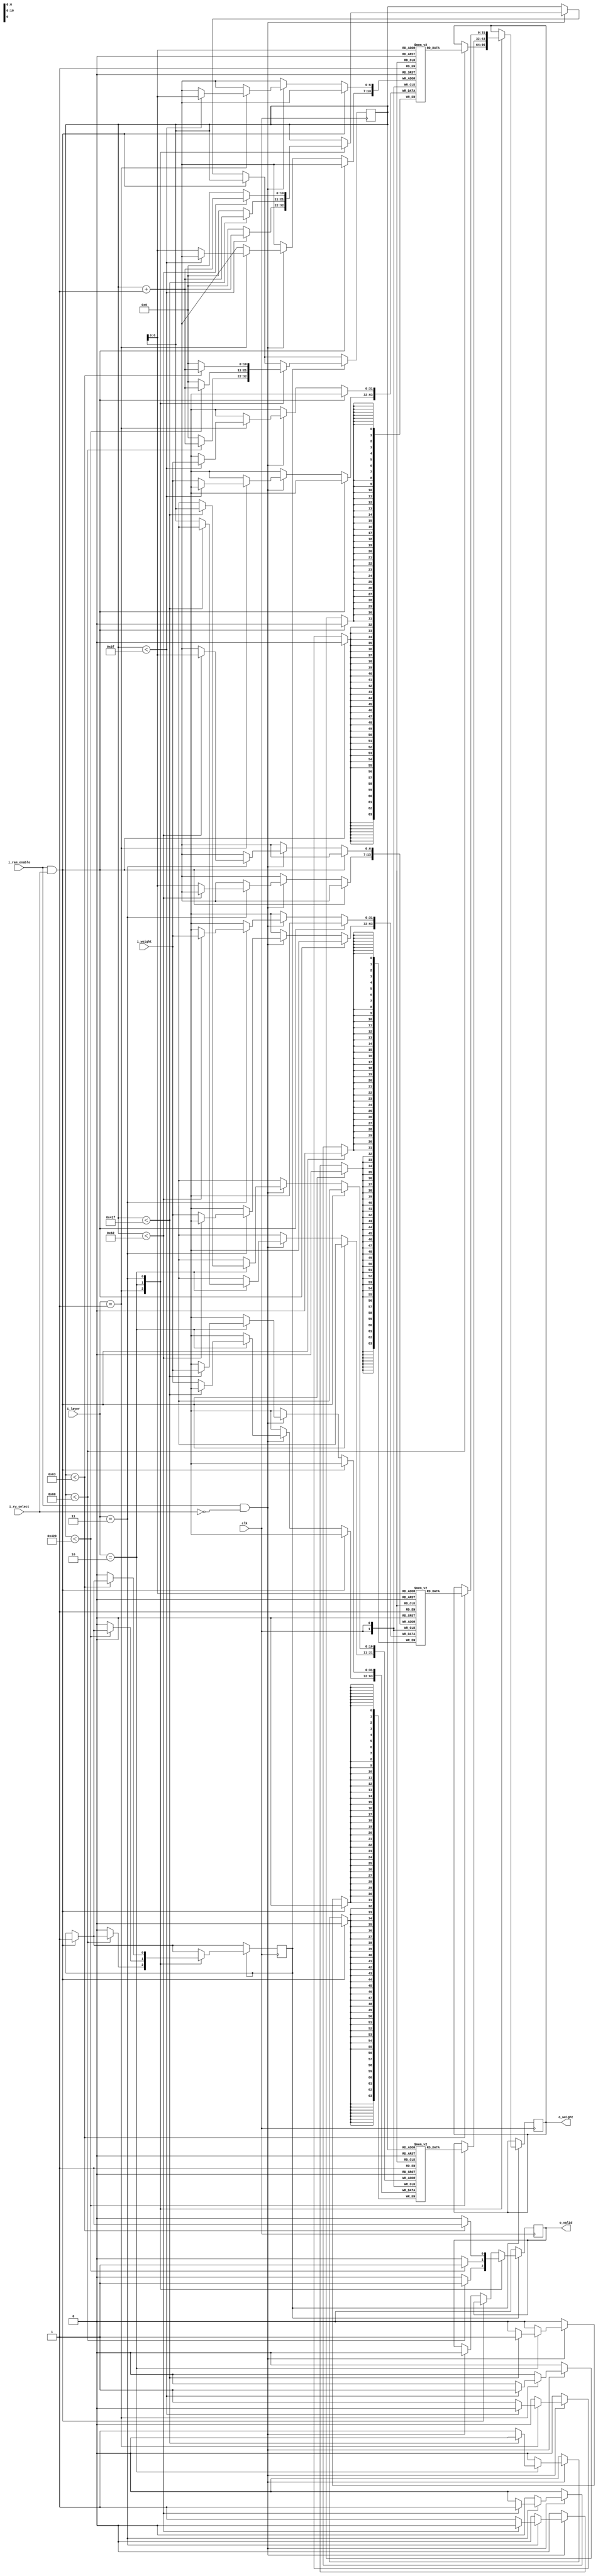
module ram_weight
	#(	parameter DATA_WIDTH = 32,
		parameter LAYER_WIDTH = 2,
		parameter NUMBER_OF_INPUT_NODE = 2,
		parameter NUMBER_OF_HIDDEN_NODE_LAYER_1 = 32,
		parameter NUMBER_OF_HIDDEN_NODE_LAYER_2 = 32,
		parameter NUMBER_OF_OUTPUT_NODE = 3
	)
	(
	clk,
	i_ram_enable,
	i_rw_select, // 1 for read, 0 for write
	i_layer,
	i_weight,
	o_weight,
	o_valid
	);
	localparam BIGEST_WIDTH = $clog2((NUMBER_OF_HIDDEN_NODE_LAYER_1+1)*NUMBER_OF_HIDDEN_NODE_LAYER_2);
	
	input							clk;
	input							i_ram_enable;
	input							i_rw_select; // 1 for read, 0 for write
	input		[LAYER_WIDTH-1:0]	i_layer;
	input 		[DATA_WIDTH-1:0] 	i_weight;
	output reg 	[DATA_WIDTH-1:0] 	o_weight;
	output reg 						o_valid;
	
	(* RAM_STYLE="BLOCK" *)
	reg [DATA_WIDTH-1:0] ram_weight_hidden_1 	[NUMBER_OF_HIDDEN_NODE_LAYER_1*(NUMBER_OF_INPUT_NODE+1)-1:0];
	reg [DATA_WIDTH-1:0] ram_weight_hidden_2 	[NUMBER_OF_HIDDEN_NODE_LAYER_2*(NUMBER_OF_HIDDEN_NODE_LAYER_1+1)-1:0];
	reg [DATA_WIDTH-1:0] ram_weight_outlayer 	[NUMBER_OF_OUTPUT_NODE*(NUMBER_OF_HIDDEN_NODE_LAYER_2+1)-1:0];
	
	reg [BIGEST_WIDTH-1:0] 			weight_counter;
	reg 							valid_in;
	reg 							read_valid;
	reg 							write_valid;
	
	initial begin
		weight_counter <= 'd0;
		read_valid <= 0;
	end
	
	always @(posedge clk) begin
		if (i_ram_enable & i_rw_select) begin // read
			read_valid <= 1;
		end
		else if (i_ram_enable & !i_rw_select) begin // write
			o_valid <= 0;
			case (i_layer)
				2'b01: // HIDDEN 1 LAYER
					begin
						if (weight_counter < NUMBER_OF_HIDDEN_NODE_LAYER_1*(NUMBER_OF_INPUT_NODE+1)-1) begin 
							ram_weight_hidden_1[weight_counter] <= i_weight;
							weight_counter <= weight_counter + 1;
						end
						else begin
							weight_counter <= 'd0;
							ram_weight_hidden_1[weight_counter] <= i_weight;
						end
					end
				2'b10: // HIDDEN 2 LAYER
					begin
						if (weight_counter < NUMBER_OF_HIDDEN_NODE_LAYER_2*(NUMBER_OF_HIDDEN_NODE_LAYER_1+1)-1) begin 
							ram_weight_hidden_2[weight_counter] <= i_weight;
							weight_counter <= weight_counter + 1;
						end
						else begin
							weight_counter <= 'd0;
							ram_weight_hidden_2[weight_counter] <= i_weight;
						end
					end
				2'b11: // OUTPUT LAYER
					begin
						if (weight_counter < NUMBER_OF_OUTPUT_NODE*(NUMBER_OF_HIDDEN_NODE_LAYER_2+1)-1) begin 
							ram_weight_outlayer[weight_counter] <= i_weight;
							weight_counter <= weight_counter + 1;
						end
						else begin
							weight_counter <= 'd0;
							ram_weight_outlayer[weight_counter] <= i_weight;
						end
					end
			endcase
		end
			
		if (read_valid) begin
			case (i_layer)
				2'b01: // HIDDEN 1 LAYER
					begin
						if (weight_counter < NUMBER_OF_HIDDEN_NODE_LAYER_1*(NUMBER_OF_INPUT_NODE+1)) begin 
							o_weight <= ram_weight_hidden_1[weight_counter];
							weight_counter <= weight_counter + 1;
							o_valid <= 1;
						end
						else begin
							weight_counter <= 'd0;
							read_valid <= 0;
							o_valid <= 0;
						end
					end
				2'b10: // HIDDEN 2 LAYER
					begin
						if (weight_counter < NUMBER_OF_HIDDEN_NODE_LAYER_2*(NUMBER_OF_HIDDEN_NODE_LAYER_1+1)) begin 
							o_weight <= ram_weight_hidden_2[weight_counter];
							weight_counter <= weight_counter + 1;
							o_valid <= 1;
						end
						else begin
							weight_counter <= 'd0;
							read_valid <= 0;
							o_valid <= 0;
						end
					end
				2'b11: // OUTPUT LAYER
					begin
						if (weight_counter < NUMBER_OF_OUTPUT_NODE*(NUMBER_OF_HIDDEN_NODE_LAYER_2+1)) begin 
							o_weight <= ram_weight_outlayer[weight_counter];
							weight_counter <= weight_counter + 1;
							o_valid <= 1;
						end
						else begin
							weight_counter <= 'd0;
							read_valid <= 0;
							o_valid <= 0;
						end
					end
				
			endcase
		end
		else o_valid <= 0;
		
	end
	
	// function for clog2
	function integer clog2;
	input integer value;
	begin
		value = value-1;
		for (clog2=0; value>0; clog2=clog2+1)
			value = value>>1;
	end
	endfunction
	
endmodule